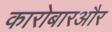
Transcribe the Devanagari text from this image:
कारोबारऔर